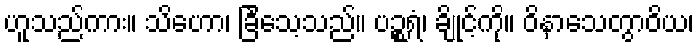
ဟူသည်ကား။ သိဟော၊ ခြင်္သေ့သည်။ ပဉ္စရံ၊ ချိုင့်ကို။ ဝိနာသေတွာဝိယ၊